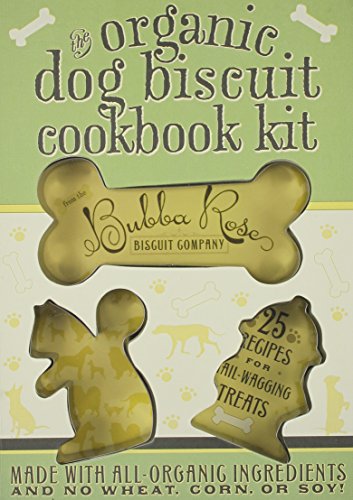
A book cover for The Organic Dog Biscuit Cookbook Kit; Jessica Disbrow; Cookbooks, Food & Wine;